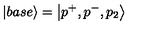
\left| b a s e \right\rangle = \left| p ^ { + } , p ^ { - } , p _ { 2 } \right\rangle